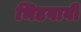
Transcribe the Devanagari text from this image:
भिडवावी